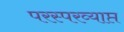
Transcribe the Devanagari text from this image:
परस्परव्याप्त